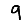
Digit: 9